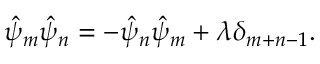
\hat { \psi } _ { m } \hat { \psi } _ { n } = - \hat { \psi } _ { n } \hat { \psi } _ { m } + \lambda \delta _ { m + n - 1 } .